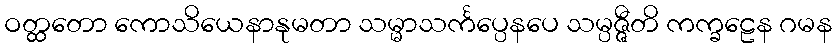
ဝတ္ထတော ကောသိယေနာနုမတာ သမ္မာသင်္ကပ္ပေနပေ သမ္ပဇ္ဇီတိ ကက္ခဠေန ဂမန